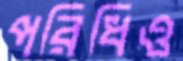
পরিধিও